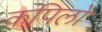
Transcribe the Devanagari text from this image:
कपिलो